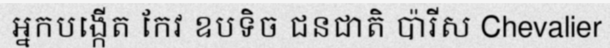
អ្នកបង្កើត កែវ ឧបទិច ជនជាតិ ប៉ារីស Chevalier